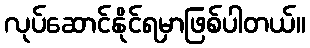
လုပ်ဆောင်နိုင်ရမှာဖြစ်ပါတယ်။